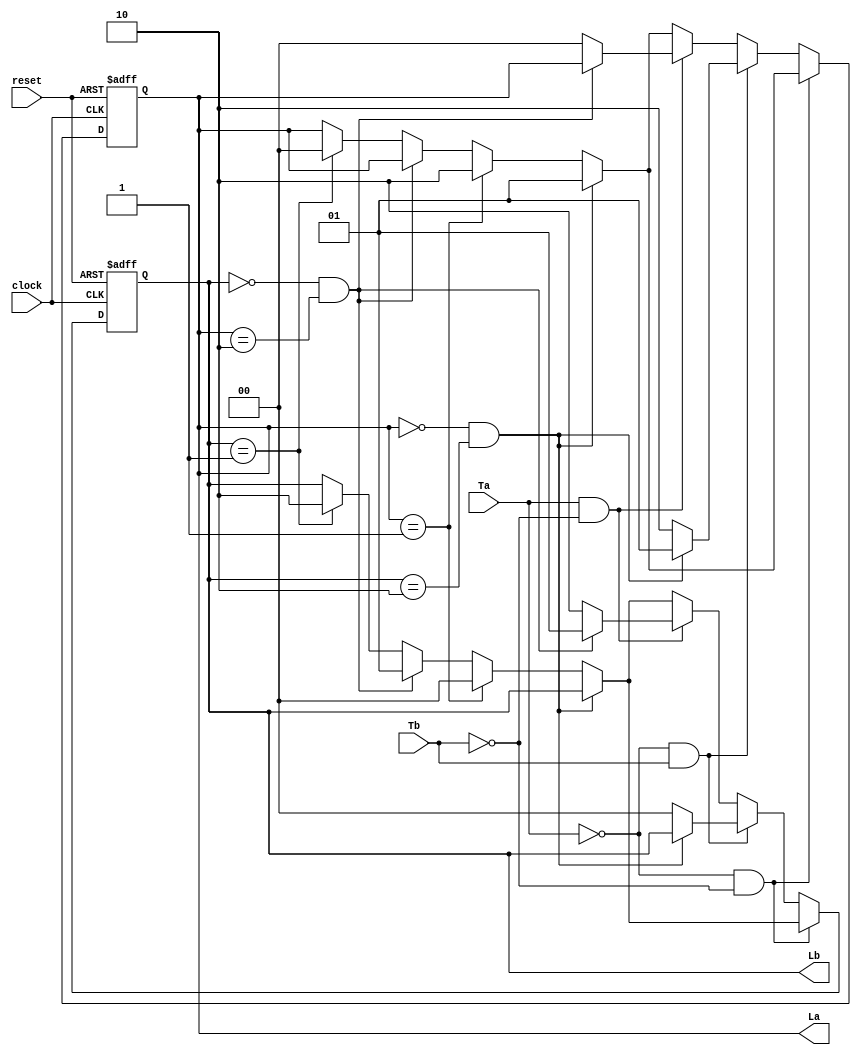
module tlc
(
input reset,
input clock,
input Ta,
input Tb,
output reg[1:0]La,
output reg[1:0]Lb
);

	parameter green=0, yellow=1, red=2;

	always @(posedge clock or posedge reset)
	begin
		if(reset)
		begin
		La = red;
		Lb = green;
		end
		else
		begin
		if(Ta==0&&Tb==0)
		begin
			if(La==green&&Lb==red)
			begin
				La = yellow;
			end
			else if(La==yellow)
			begin
				La=red;
				Lb=green;
			end
			else if(Lb==green&&La==red)
			begin
				Lb = yellow;
			end
			else if(Lb==yellow)
			begin
				Lb=red;
				La=green;
			end
		end
		else if(Ta==0&&Tb==1)
		begin
			if(La==green&&Lb==red)
			begin
				La = yellow;
			end
			else if(La==yellow)
			begin
				La=red;
				Lb=green;
			end
			else
			begin
				La=red;
				Lb=green;
			end
		end
		else if(Ta==1&&Tb==0)
		begin
			if(Lb==green&&La==red)
			begin
				Lb = yellow;
			end
			else if(Lb==yellow)
			begin
				Lb=red;
				La=green;
			end
			else
			begin
				Lb=red;
				La=green;
			end
		end
		else
		begin
			if(La==green&&Lb==red)
			begin
				La = yellow;
			end
			else if(La==yellow)
			begin
				La=red;
				Lb=green;
			end
			else if(Lb==green&&La==red)
			begin
				Lb = yellow;
			end
			else if(Lb==yellow)
			begin
				Lb=red;
				La=green;
			end
		end
		end
		
	end
endmodule